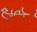
جصيع